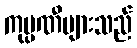
ကုမ္ပဏီများသည်